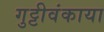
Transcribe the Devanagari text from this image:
गुट्टीवंकाया